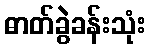
ဓာတ်ခွဲခန်းသုံး